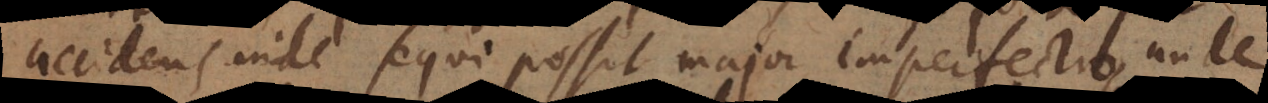
accidens inde sequi possit major imperfectio, unde